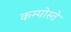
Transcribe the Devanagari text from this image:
कम्पोस्ते